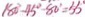
1 8 0 ^ { \circ } - 4 5 ^ { \circ } - 8 0 ^ { \circ } = 5 5